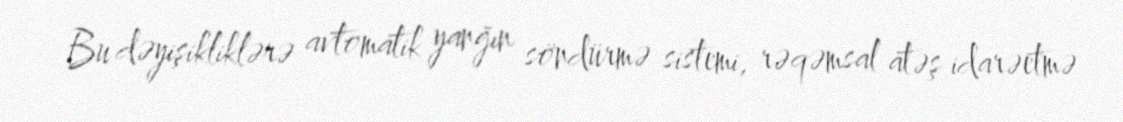
Bu dəyişikliklərə avtomatik yanğın söndürmə sistemi, rəqəmsal atəş idarəetmə